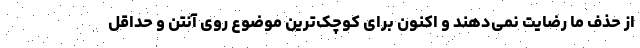
از حذف ما رضایت نمی‌دهند و اکنون برای کوچک‌ترین موضوع روی آنتن و حداقل